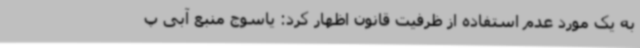
به یک مورد عدم استفاده از ظرفیت قانون اظهار کرد: یاسوج منبع آبی پ